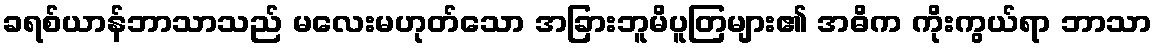
ခရစ်ယာန်ဘာသာသည် မလေးမဟုတ်သော အခြားဘူမိပူတြများ၏ အဓိက ကိုးကွယ်ရာ ဘာသာ